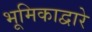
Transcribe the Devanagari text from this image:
भूमिकाद्वारे